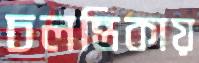
চলন্তিকায়